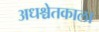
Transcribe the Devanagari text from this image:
अधश्चेतकाला